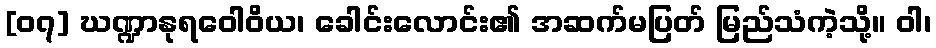
[၀၇] ဃဏ္ဍာနုရဝေါဝိယ၊ ခေါင်းလောင်း၏ အဆက်မပြတ် မြည်သံကဲ့သို့။ ဝါ၊